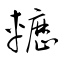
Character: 轣